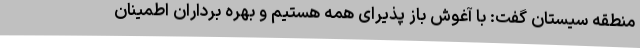
منطقه سیستان گفت: با آغوش باز پذیرای همه هستیم و بهره برداران اطمینان